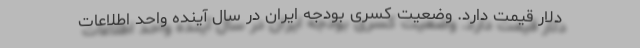
دلار قیمت دارد. وضعیت کسری بودجه ایران در سال آینده واحد اطلاعات